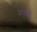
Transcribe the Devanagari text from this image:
घावणे